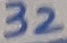
Text: 32